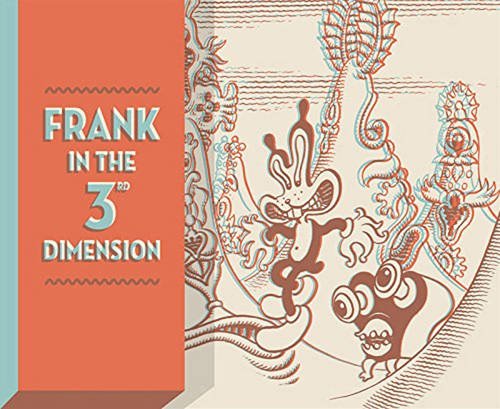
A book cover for Frank In The 3rd Dimension; Jim Woodring; Comics & Graphic Novels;